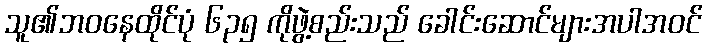
သူ၏ဘဝနေထိုင်ပုံ ၆၃၅ ကိုဖွဲ့စည်းသည် ခေါင်းဆောင်များအပါအဝင်